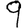
Digit: 9